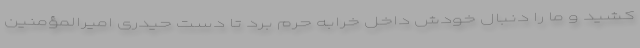
کشید و ما را دنبال خودش داخل خرابه حرم برد تا دست حیدری امیرالمؤمنین